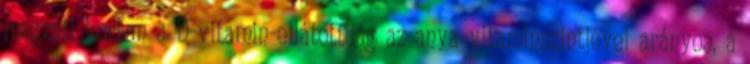
magzati korban a D-vitamin-ellátottság az anya vitaminszintjével arányos, a